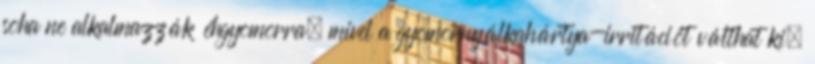
soha ne alkalmazzák éhgyomorra, mivel a gyomornyálkahártya-irritációt válthat ki.